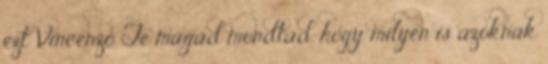
ezt Vincenzo Te magad mondtad, hogy milyen is azoknak